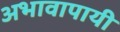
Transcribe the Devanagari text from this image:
अभावापायी